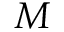
M